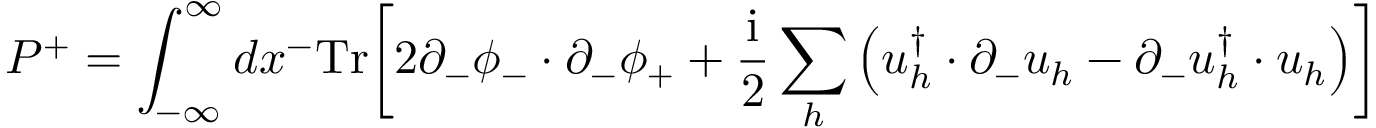
P ^ { + } = \int _ { - \infty } ^ { \infty } d x ^ { - } \mathrm { T r } \biggl [ 2 \partial _ { - } \phi _ { - } \cdot \partial _ { - } \phi _ { + } + { \frac { \mathrm { i } } { 2 } } \sum _ { h } \left( u _ { h } ^ { \dagger } \cdot \partial _ { - } u _ { h } - \partial _ { - } u _ { h } ^ { \dagger } \cdot u _ { h } \right) \biggr ]